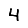
Digit: 4